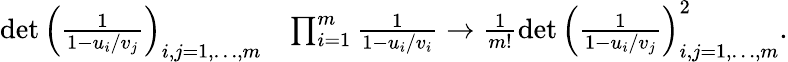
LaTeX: \begin{array}{rl}{\operatorname*{det}\left(\frac{1}{1-u_{i}/v_{j}}\right)_{i,j=1,\dots,m}}&{\prod_{i=1}^{m}\frac{1}{1-u_{i}/v_{i}}\rightarrow\frac{1}{m!}\operatorname*{det}\left(\frac{1}{1-u_{i}/v_{j}}\right)_{i,j=1,\dots,m}^{2}.}\end{array}